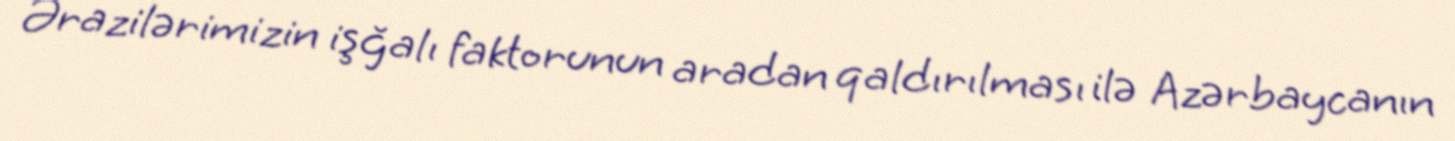
Ərazilərimizin işğalı faktorunun aradan qaldırılması ilə Azərbaycanın